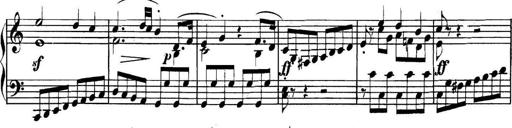
Title: Collected Piano Sonatas
Composer: Muzio Clementi